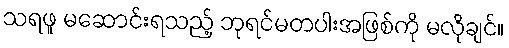
သရဖူ မဆောင်းရသည့် ဘုရင်မတပါးအဖြစ်ကို မလိုချင်။